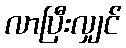
လာပြီးလျှင်